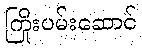
ကြိုးပမ်းဆောင်